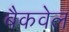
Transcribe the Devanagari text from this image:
बैकवेल